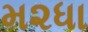
મ૨ધા